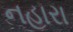
નહારા